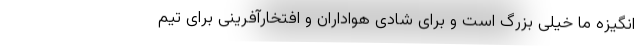
انگیزه ما خیلی بزرگ است و برای شادی هواداران و افتخارآفرینی برای تیم